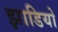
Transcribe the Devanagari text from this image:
झाडियो